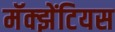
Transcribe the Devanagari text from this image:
मॅक्झेंटियस